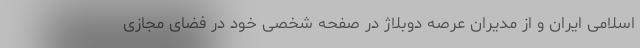
اسلامی ایران و از مدیران عرصه دوبلاژ در صفحه شخصی خود در فضای مجازی